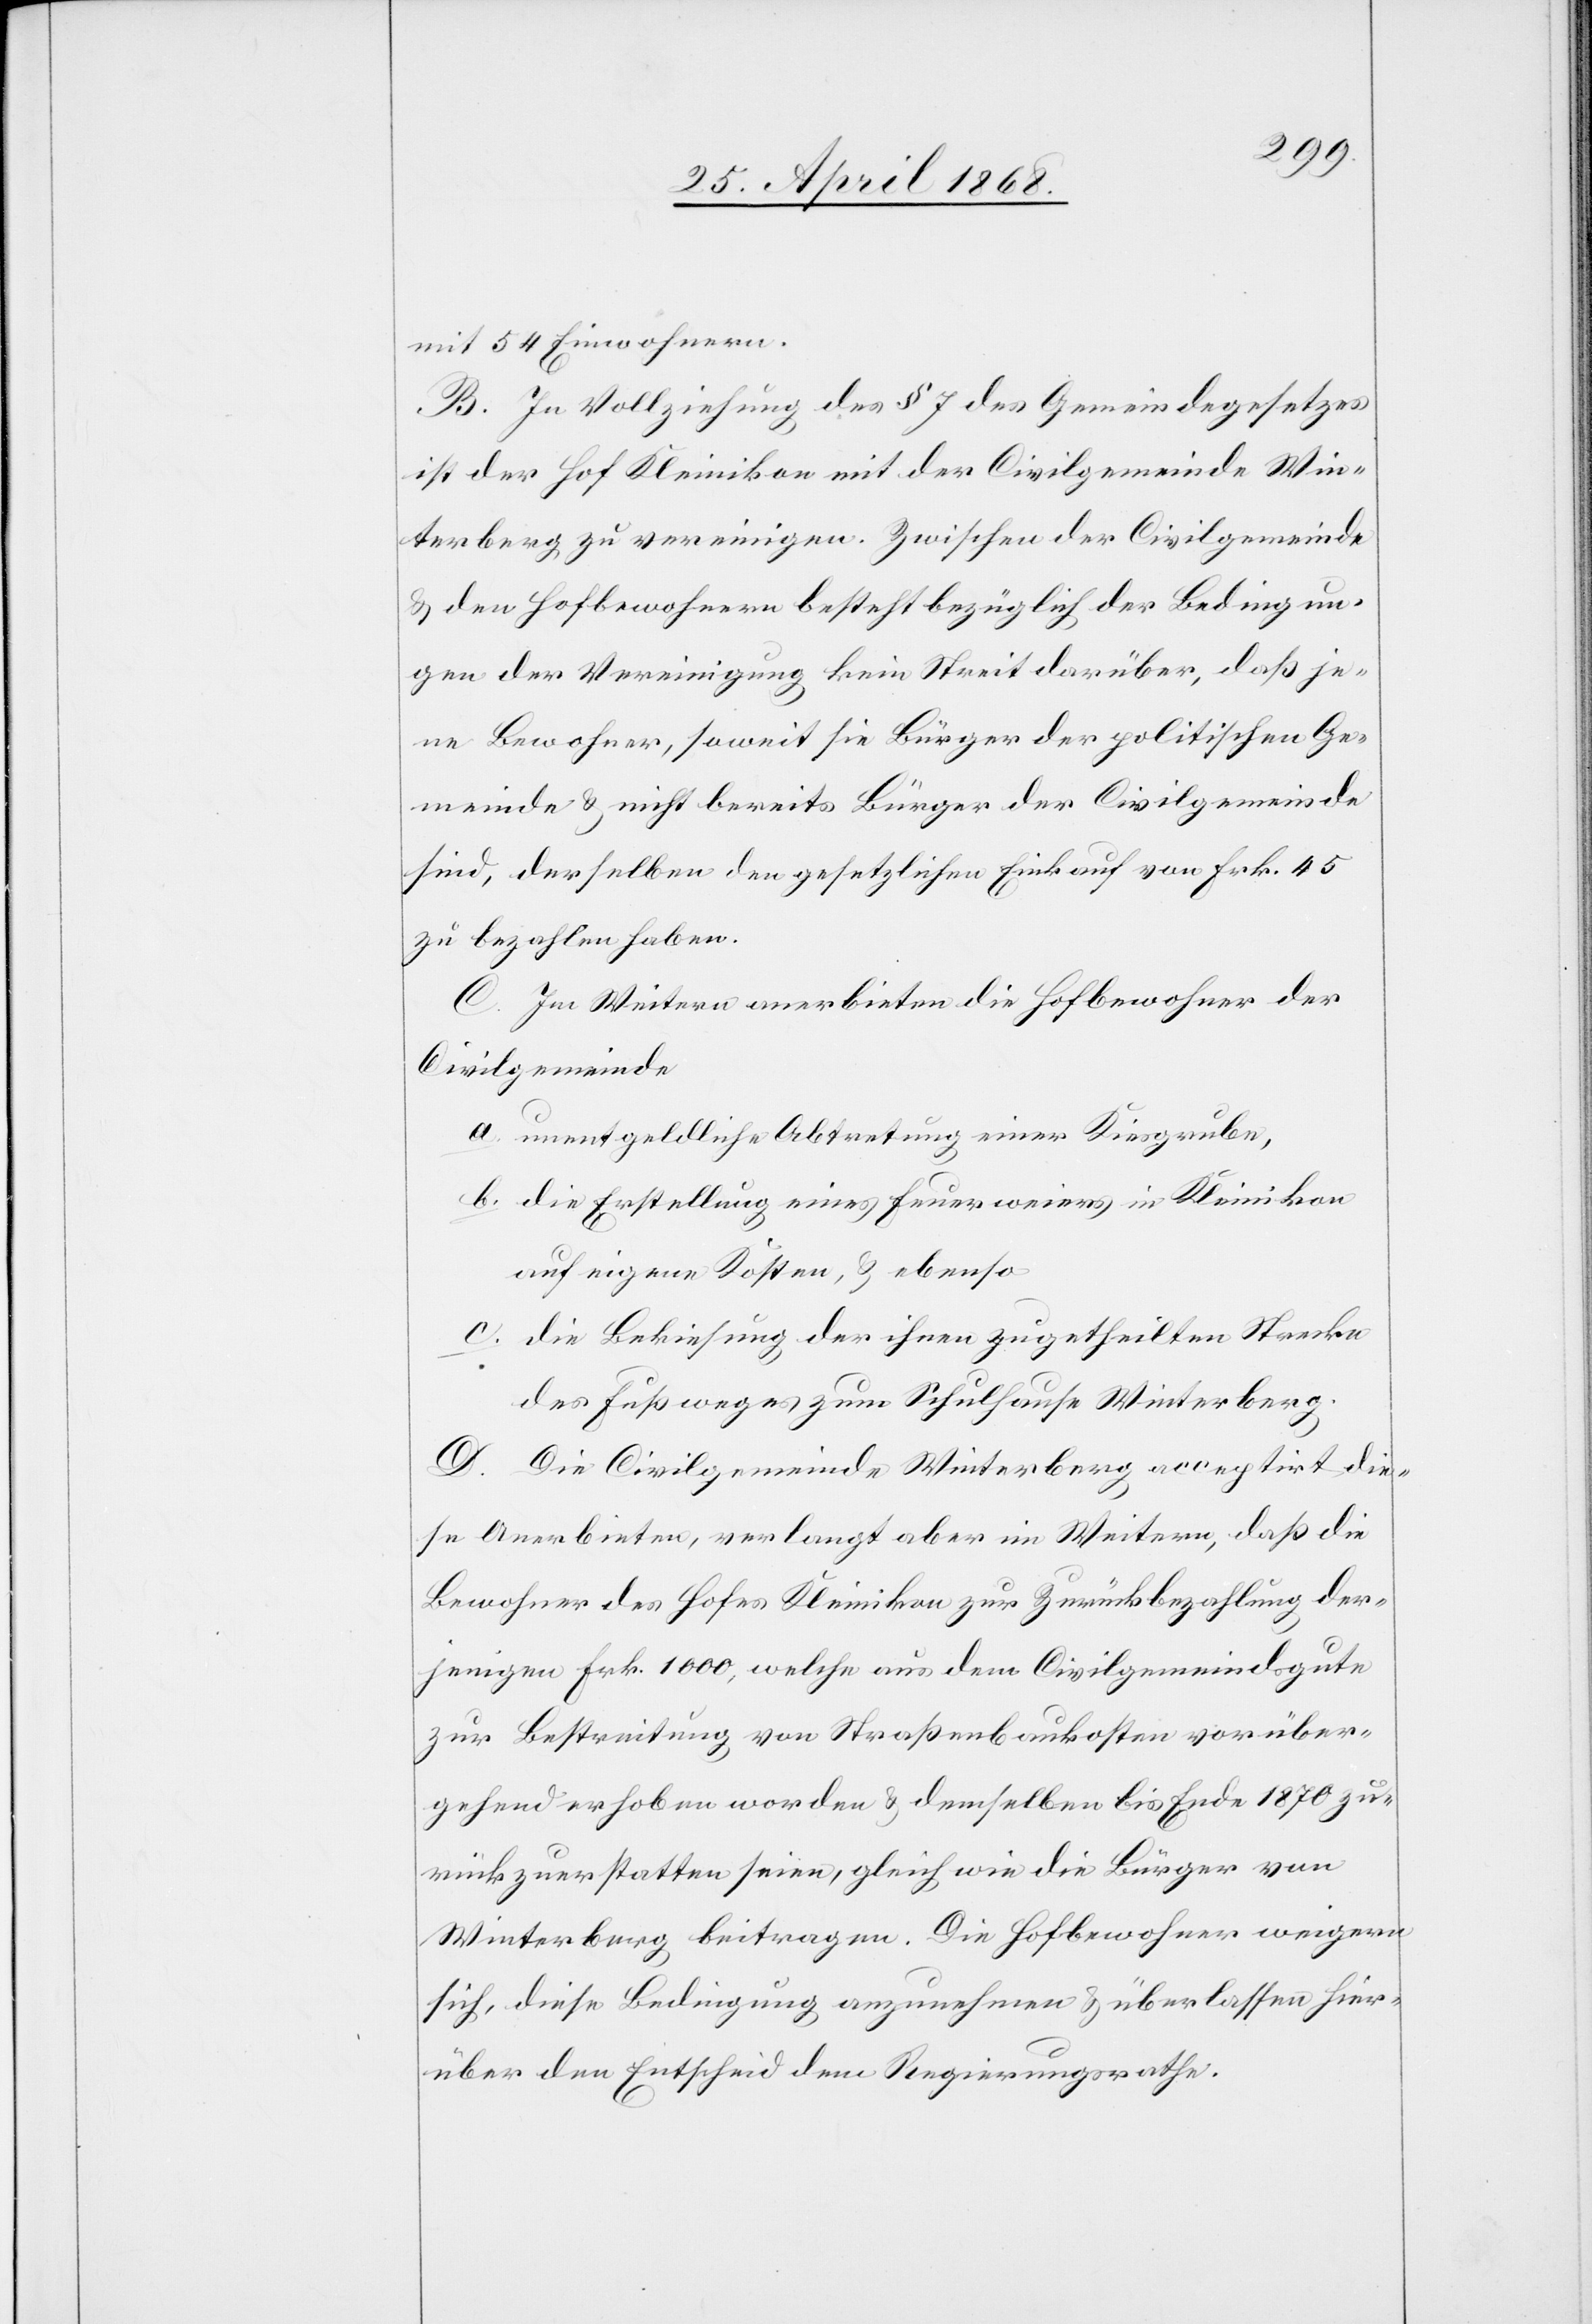
mit 54 Einwohnern.
B. In Vollziehung des § 7 des Gemeindegesetzes
ist der Hof Kleinikon mit der Civilgemeinde Win¬
terberg zu vereinigen. Zwischen der Civilgemeinde
& den Hofbewohnern besteht bezüglich der Bedingun¬
gen der Vereinigung kein Streit darüber, daß je¬
ne Bewohner, soweit sie Bürger der politischen Ge¬
meinde & nicht bereits Bürger der Civilgemeinde
sind, derselben den gesetzlichen Einkauf von Frk. 45
zu bezahlen habe.
C. Im Weitern anerbieten die Hofbewohner der
Civilgemeinde
a. unentgeldliche Abtretung einer Kiesgrube,
b. die Erstellung eines Feuerweiers in Kleinikon
auf eigene Kosten, & ebenso
c. die Bekiesung der ihnen zugetheilten Strecke
des Fußweges zum Schulhause Winterberg.
D. Die Civilgemeinde Winterberg acceptirt die¬
se Anerbieten, verlangt aber im Weitern, daß die
Bewohner des Hofes Kleinikon zur Zurückbezahlung der¬
jenigen Frk. 1000, welche aus dem Civilgemeindsgute
zur Bestreitung von Straßenbaukosten vorüber¬
gehend erhoben worden & demselben bis Ende 1870 zu¬
rückzuerstatten seien, gleich wie die Bürger von
Winterberg beitragen. Die Hofbewohner weigern
sich, diese Bedingung anzunehmen & überlassen hier¬
über den Entscheid dem Regierungsrathe.